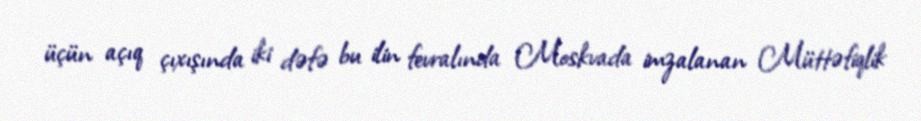
üçün açıq çıxışında iki dəfə bu ilin fevralında Moskvada imzalanan Müttəfiqlik